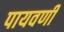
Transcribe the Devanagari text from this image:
पायवणी